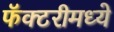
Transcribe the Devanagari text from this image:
फॅक्टरीमध्ये